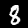
Digit: 8